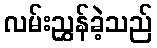
လမ်းညွှန်ခဲ့သည်